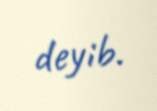
deyib.